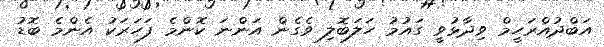
އަބްދުއްރަހީމް ވިދާޅުވީ ގައުމު ހަލަބޮލި ވެގެން އަންނަ ކޮންމެ ފަހަރަކު އެންމެ ބޮޑު